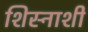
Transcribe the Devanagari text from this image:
शिस्नाशी